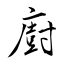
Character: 廚